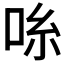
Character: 𫩹